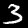
Digit: 3